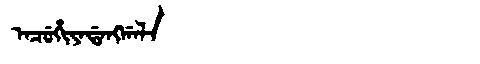
Manchu: ᠠᠴᡠᡥᡳᠶᠠᡩᠠᠩᡤᠠᠯᠠ
Romanization: ACUHIYADANGGALA